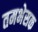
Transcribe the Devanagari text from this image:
तमभेसक